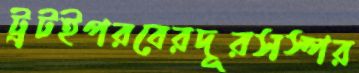
ট্রটইপরবেরদূরসস্পর